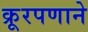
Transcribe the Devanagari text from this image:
क्रूरपणाने